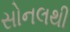
સોનલથી